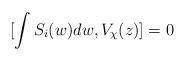
LaTeX: \begin{align*}[\int S_i(w)dw, V_\chi(z)]=0\end{align*}